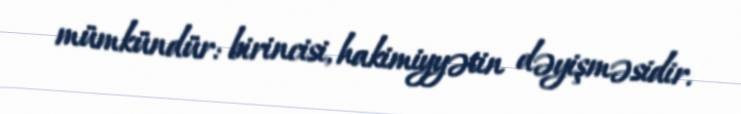
mümkündür: birincisi, hakimiyyətin dəyişməsidir.